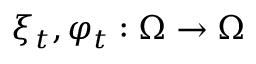
\xi _ { t } , \varphi _ { t } : \Omega \to \Omega